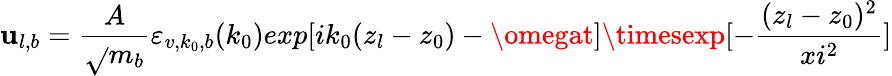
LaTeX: \mathbf{u}_{l,b}=\frac{{A}}{{\sqrt{}{{m_{b}}}}}\varepsilon_{v,k_{0},b}(k_{0})exp[ik_{0}(z_{l}-z_{0})-\omegat]\timesexp[-\frac{{(z_{l}-z_{0})^{2}}}{{xi^{2}}}]